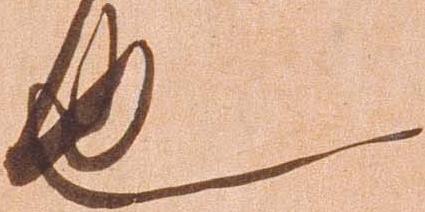
也